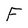
Character: F